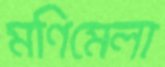
মণিমেলা